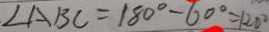
\angle A B C = 1 8 0 ^ { \circ } - 6 0 ^ { \circ } = 1 2 0 ^ { \circ }